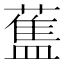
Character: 𰲃